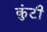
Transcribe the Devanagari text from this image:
कुंटी